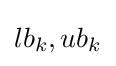
lb_{k},ub_{k}